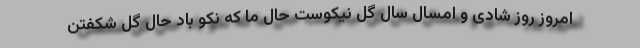
امروز روز شادی و امسال سال گل نیکوست حال ما که نکو باد حال گل شکفتن